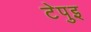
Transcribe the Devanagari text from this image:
टेपुइ